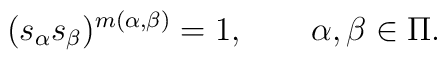
(s_{\alpha}s_{\beta})^{m(\alpha,\beta)}=1,\qquad \alpha,\beta\in \Pi.